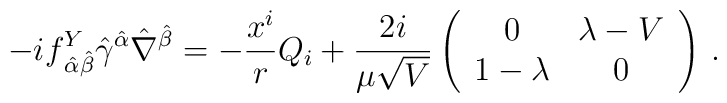
-if^Y_{\,\hat\alpha\hat\beta}\hat\gamma^{\hat\alpha}\hat\nabla^{\hat\beta}=-\frac{x^i}{r} Q_{i}+\frac{2i}{\mu\sqrt{V}}\left(\begin{array}{cc}0&\lambda-V\\1-\lambda&0\end{array}\right)\,.